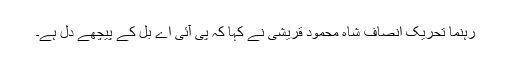
رہنما تحریک انصاف شاہ محمود قریشی نے کہا کہ پی آئی اے بل کے پیچھے دل ہے۔